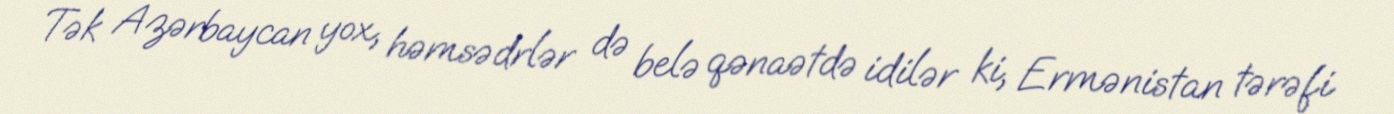
Tək Azərbaycan yox, həmsədrlər də belə qənaətdə idilər ki, Ermənistan tərəfi